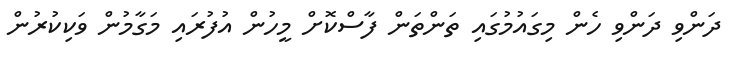
ދަންވި ދަންވި ހެން މިގައުމުގައި ތަންތަން ފާސްކޮށް މީހުން އުފުރައި މަގާމުން ވަކިކުރުން